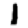
Digit: 1